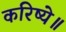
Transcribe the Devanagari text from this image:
करिष्ये॥